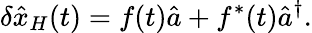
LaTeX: \delta\hat{x}_{H}(t)=f(t)\hat{a}+f^{*}(t)\hat{a}^{\dagger}.